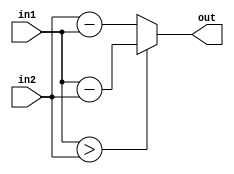
module sub(
	input [3:0] in1,
	input [3:0] in2,
	output[3:0] out //out=|in1-in2|
);

	assign out=(in1>in2)?(in1-in2):(in2-in1);

endmodule